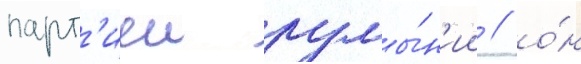
парт'иеи румы́н'ии / о́н